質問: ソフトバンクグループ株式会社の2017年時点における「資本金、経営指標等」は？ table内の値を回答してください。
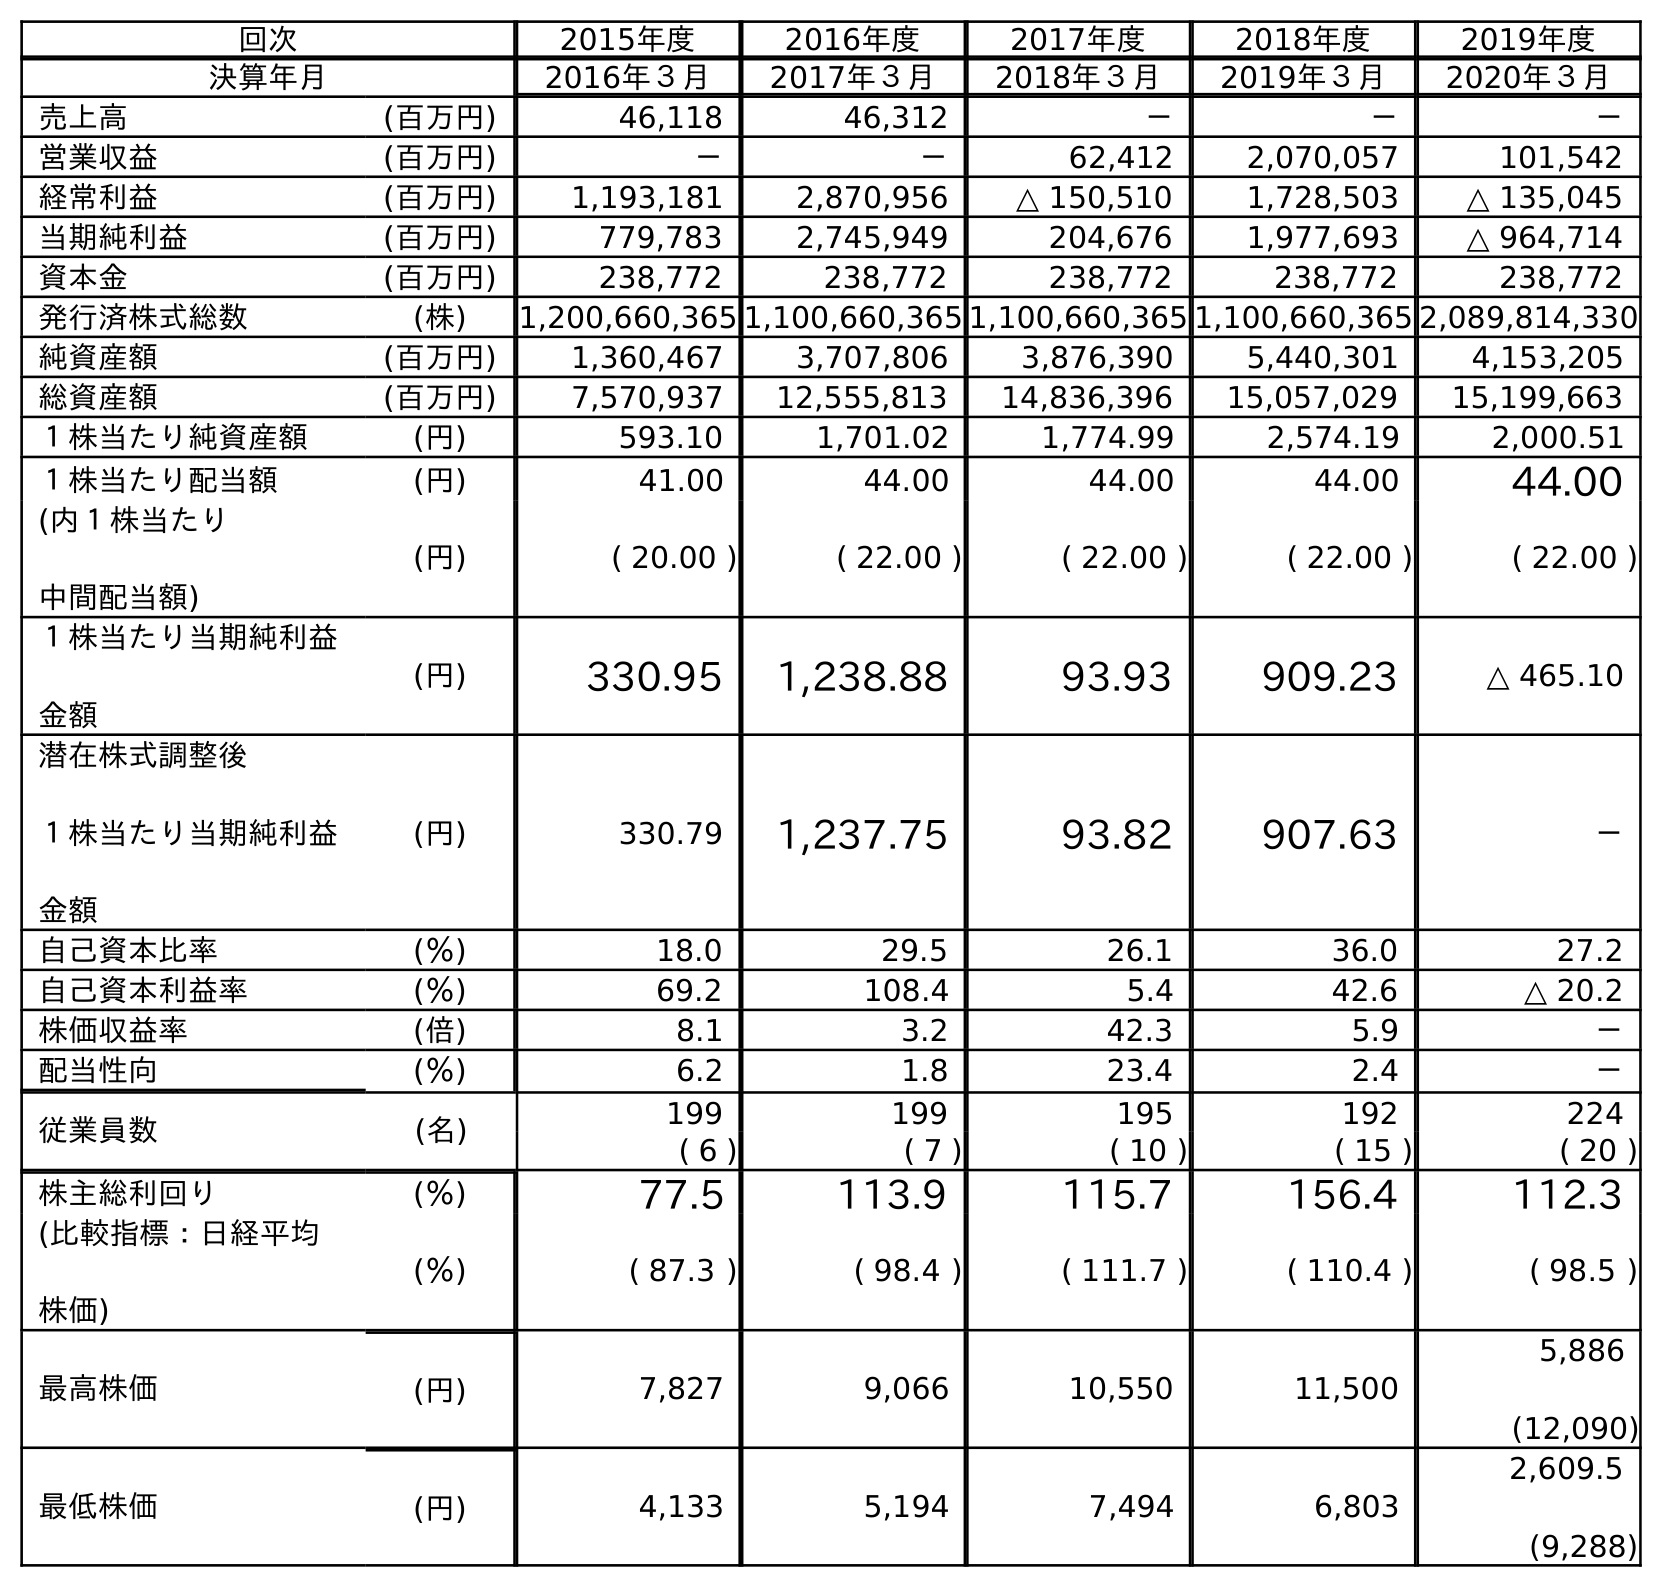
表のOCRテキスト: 回次 2015年度 2016年度 2017年度 2018年度 2019年度 決算年月 2016年３月 2017年３月 2018年３月 2019年３月 2020年３月 売上高 (百万円) 46,118 46,312 － － － 営業収益 (百万円) － － 62,412 2,070,057 101,542 経常利益 (百万円) 1,193,181 2,870,956 △ 150,510 1,728,503 △ 135,045 当期純利益 (百万円) 779,783 2,745,949 204,676 1,977,693 △ 964,714 資本金 (百万円) 238,772 238,772 238,772 238,772 238,772 発行済株式総数 (株) 1,200,660,365 1,100,660,365 1,100,660,365 1,100,660,365 2,089,814,330 純資産額 (百万円) 1,360,467 3,707,806 3,876,390 5,440,301 4,153,205 総資産額 (百万円) 7,570,937 12,555,813 14,836,396 15,057,029 15,199,663 １株当たり純資産額 (円) 593.10 1,701.02 1,774.99 2,574.19 2,000.51 １株当たり配当額 (円) 41.00 44.00 44.00 44.00 44.00 (内１株当たり 中間配当額) (円) ( 20.00 ) ( 22.00 ) ( 22.00 ) ( 22.00 ) ( 22.00 ) １株当たり当期純利益 金額 (円) 330.95 1,238.88 93.93 909.23 △ 465.10 潜在株式調整後 １株当たり当期純利益 金額 (円) 330.79 1,237.75 93.82 907.63 － 自己資本比率 (％) 18.0 29.5 26.1 36.0 27.2 自己資本利益率 (％) 69.2 108.4 5.4 42.6 △ 20.2 株価収益率 (倍) 8.1 3.2 42.3 5.9 － 配当性向 (％) 6.2 1.8 23.4 2.4 － 従業員数 (名) 199 199 195 192 224 ( 6 ) ( 7 ) ( 10 ) ( 15 ) ( 20 ) 株主総利回り (％) 77.5 113.9 115.7 156.4 112.3 (比較指標：日経平均 株価) (％) ( 87.3 ) ( 98.4 ) ( 111.7 ) ( 110.4 ) ( 98.5 ) 最高株価 (円) 7,827 9,066 10,550 11,500 5,886 (12,090) 最低株価 (円) 4,133 5,194 7,494 6,803 2,609.5 (9,288)
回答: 238,772